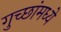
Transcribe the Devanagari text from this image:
गुच्छांमध्ये